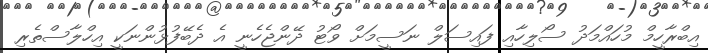
އިބްރާހީމް މުހައްމަދު ސޯލިހާއި ފައިސަލް ނަސީމަށް ވޯޓު ދޭންޖެހެނީ އެ ދެބޭފުޅުންނަކީ އިހްލާސްތެރި